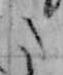
た